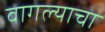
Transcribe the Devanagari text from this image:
वागल्याचा